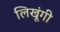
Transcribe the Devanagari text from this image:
लिखूंगी